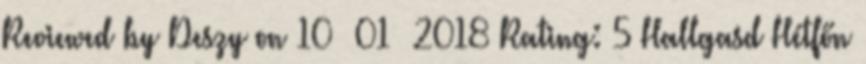
Reviewed by Deszy on 10 01 2018 Rating: 5 Hallgasd Hétfőn